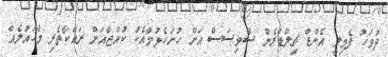
ދުވަހު ފެމިލީ އެންޑް ޗިލްޑްރެން ސާވިސަސް އަށް ހުށަހެޅުމާއެކު ކުއްޖާއަށް ރައްކާތެރި މާހައުލެއް